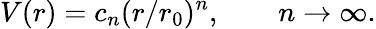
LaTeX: V(r)=c_{n}(r/r_{0})^{n},\qquad n\rightarrow\infty.